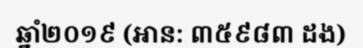
ឆ្នាំ២០១៩ (អាន: ៣៥៩៨៣ ដង)